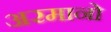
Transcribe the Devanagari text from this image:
अरमानो